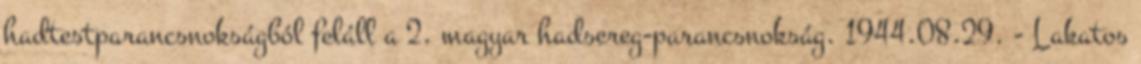
hadtestparancsnokságból feláll a 2. magyar hadsereg-parancsnokság. 1944.08.29. - Lakatos